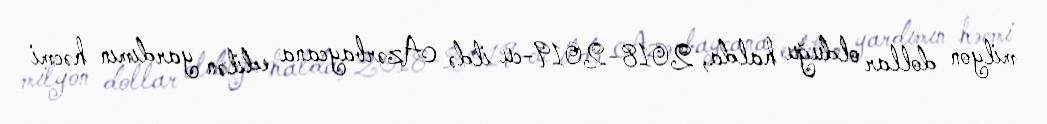
milyon dollar olduğu halda, 2018-2019-cu ildə Azərbaycana edilən yardımın həcmi